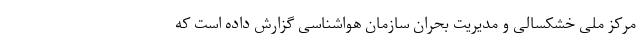
مرکز ملی خشکسالی و مدیریت بحران سازمان هواشناسی گزارش داده است که